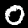
Digit: 0